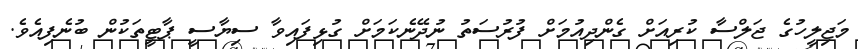
މަޖިލީހުގެ ޖަލްސާ ކުރިއަށް ގެންދިއުމަށް ފުރުސަތު ނުދޭނެކަމަށް ގުޅިފައިވާ ސިޔާސީ ޕާޓީތަކުން ބުނެފިއެވެ.